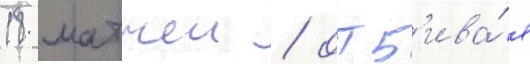
18 матчеи / отб'ива́я